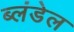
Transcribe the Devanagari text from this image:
ब्लंडेल